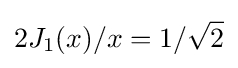
2J_{1}(x)/x=1/{\sqrt {2}}